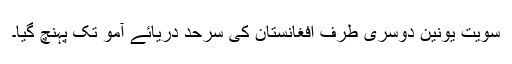
سویت یونین دوسری طرف افغانستان کی سرحد دریائے آمو تک پہنچ گیا۔